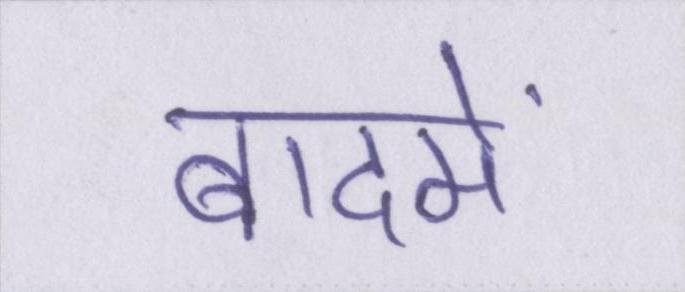
बादमें